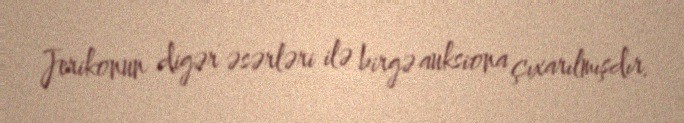
Jerikonun digər əsərləri ilə birgə auksiona çıxarılmışdır.